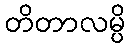
တိတာလမ္ပိ